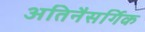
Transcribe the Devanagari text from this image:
अतिनैसर्गिक